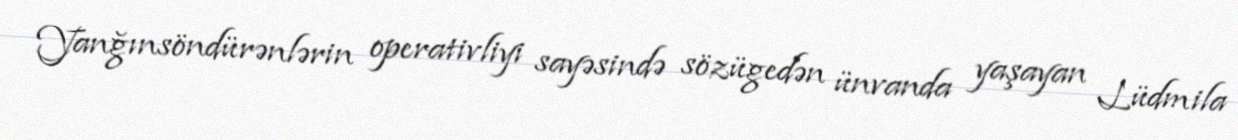
Yanğınsöndürənlərin operativliyi sayəsində sözügedən ünvanda yaşayan Lüdmila